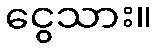
ငွေသား။